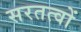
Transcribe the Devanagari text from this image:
सरतत्वों